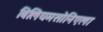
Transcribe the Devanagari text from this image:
विलियमसोनिएला